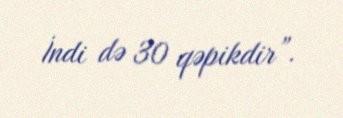
İndi də 30 qəpikdir”.